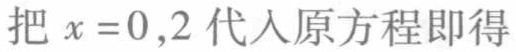
把\(x = 0,2\)代入原方程即得